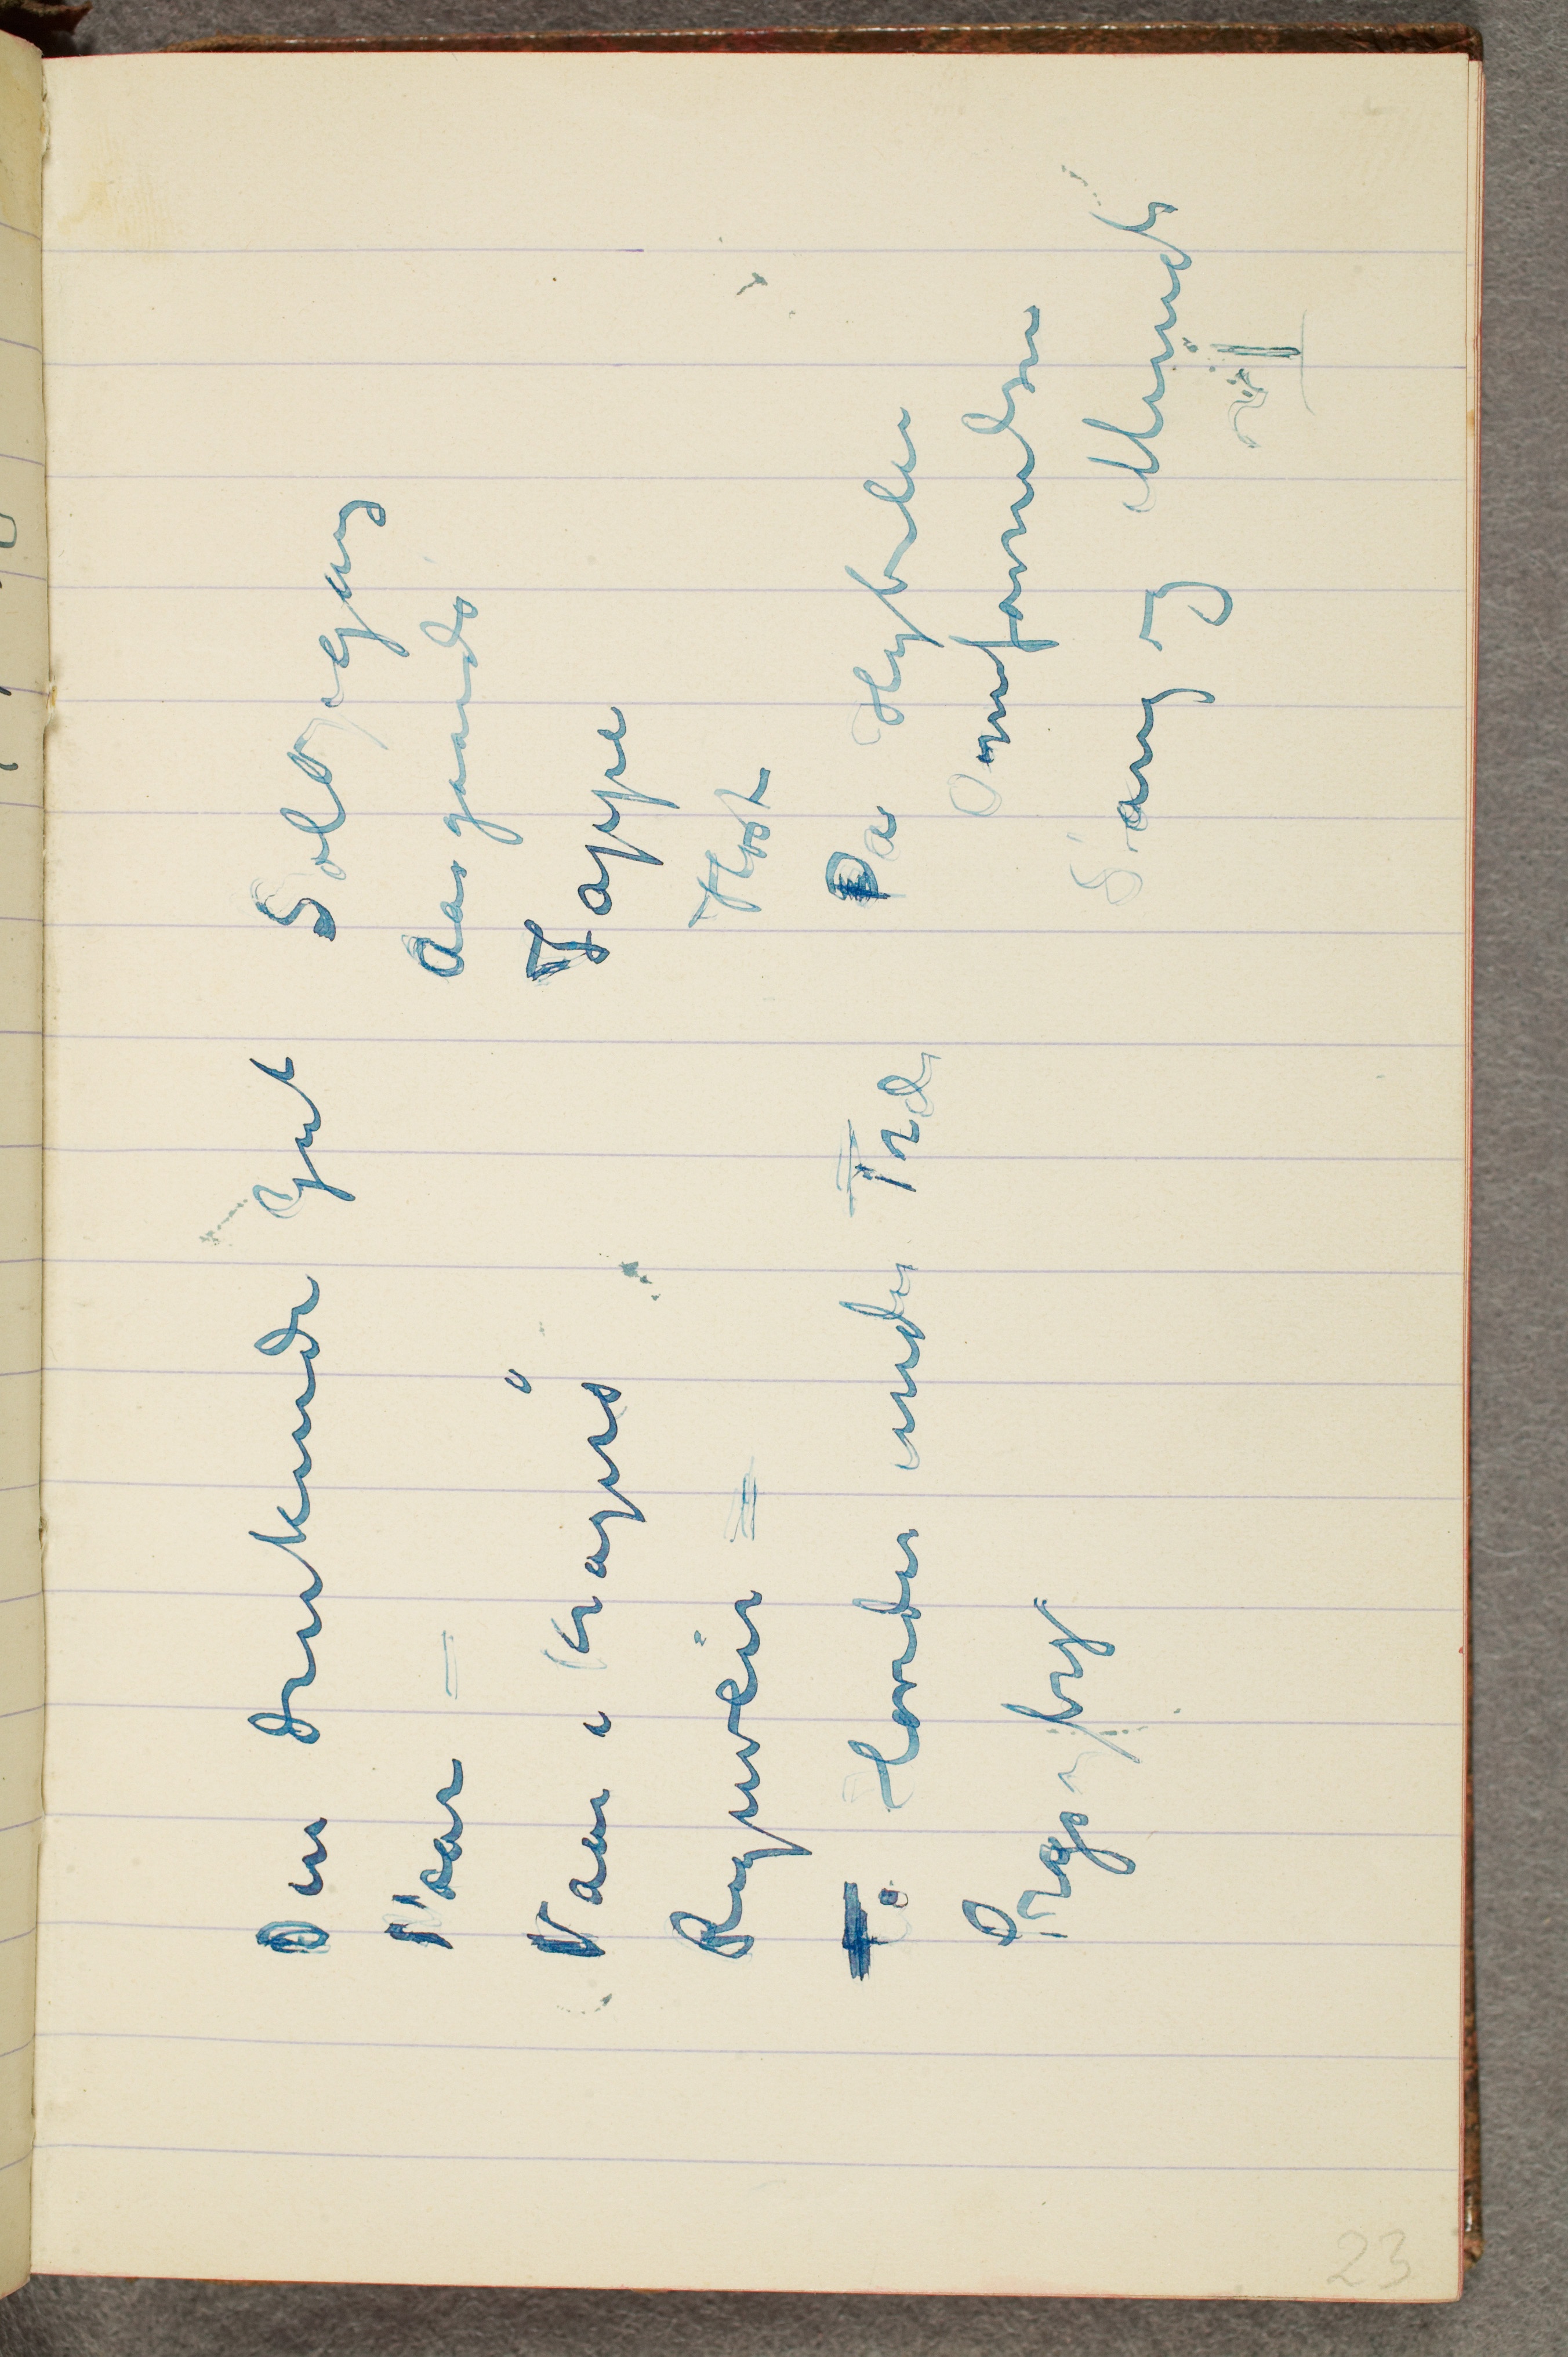
Den druknede Gut
Vaar –
Vaar i Kragerø
Regnveir –
To Hoveder under Træ
Przyby

Solopgang
Aasgaards
Jappe
Høst
På Hybelen
Omfavnelsen
Stang og Munch